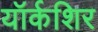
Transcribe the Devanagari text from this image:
यॉर्कशिर